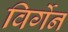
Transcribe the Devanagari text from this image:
विर्गेन